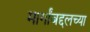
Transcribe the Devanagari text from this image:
मार्गांबद्दलच्या